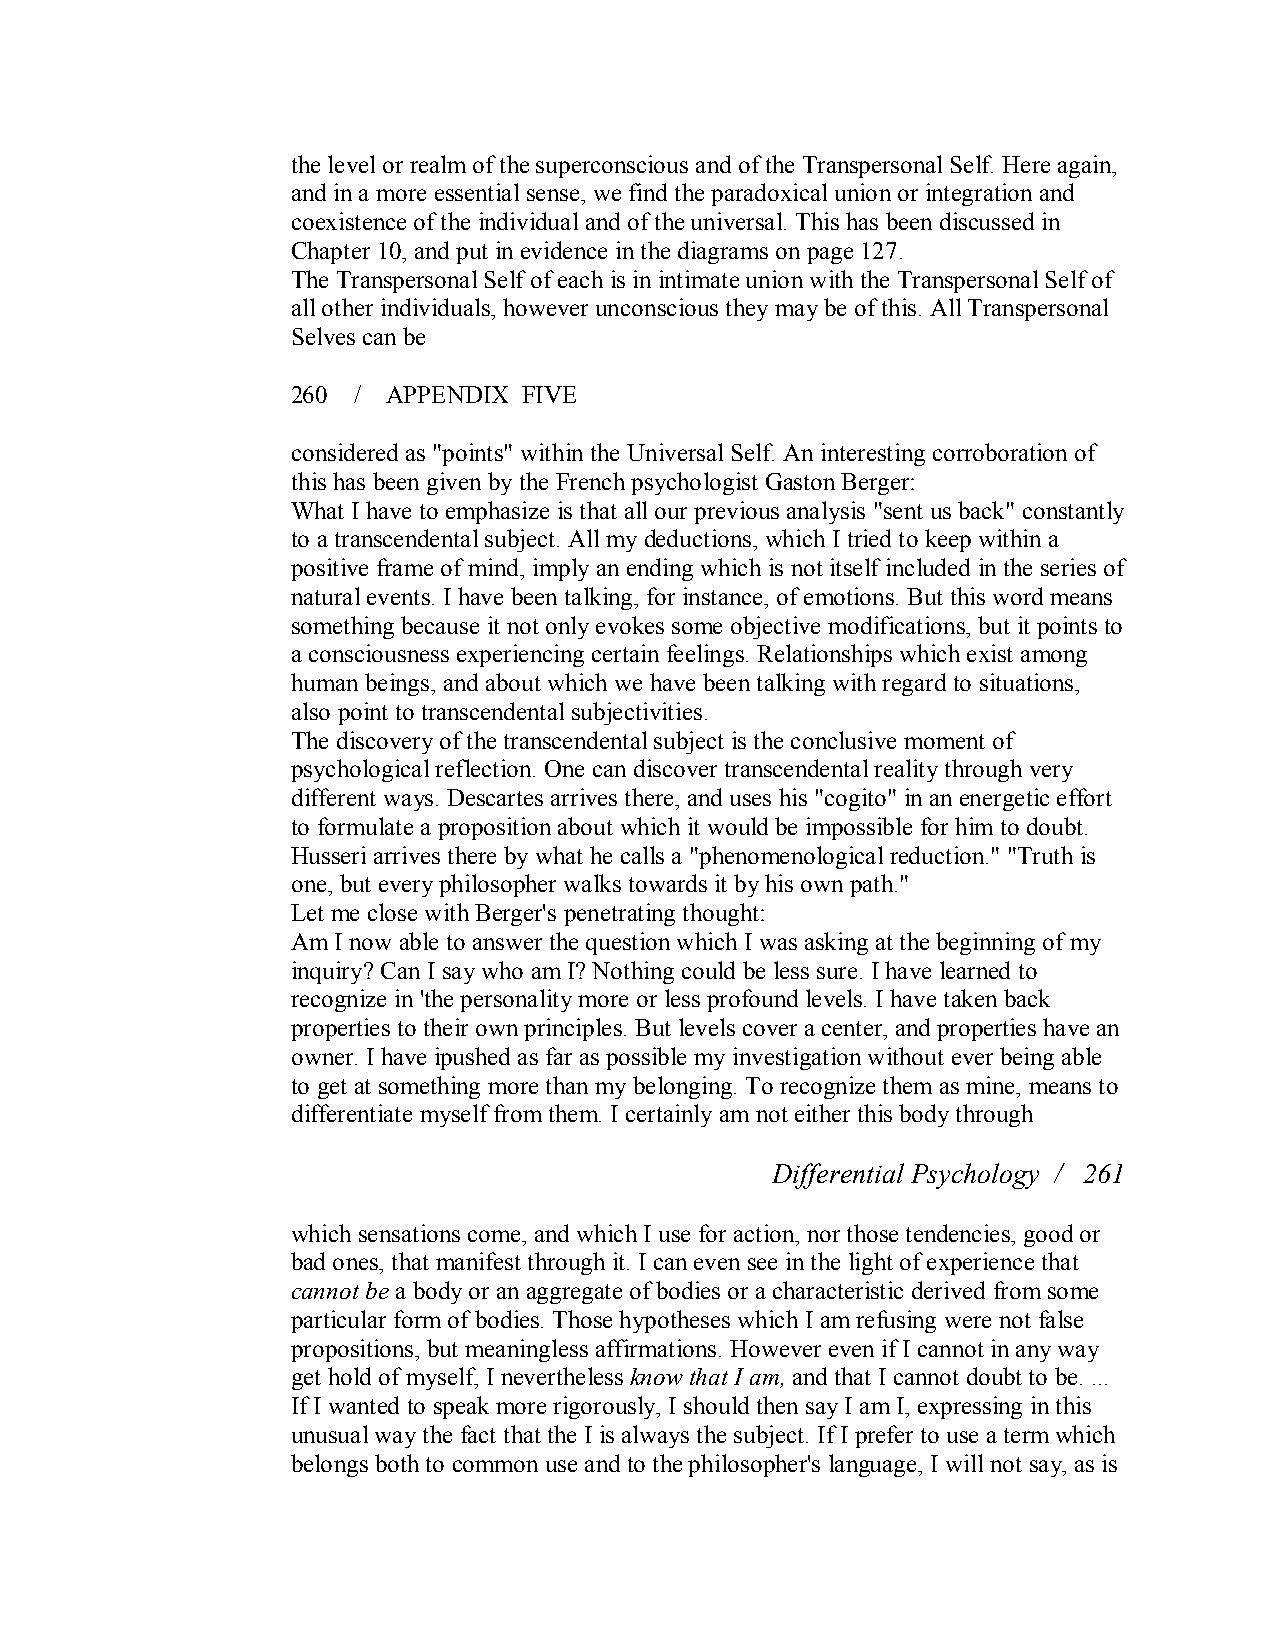
the level or realm of the superconscious and of the Transpersonal Self. Here again,
 and in a more essential sense, we find the paradoxical union or integration and
 coexistence of the individual and of the universal. This has been discussed in
 Chapter 10, and put in evidence in the diagrams on page 127.
 The Transpersonal Self of each is in intimate union with the Transpersonal Self of
 all other individuals, however unconscious they may be of this. All Transpersonal
 Selves can be
 260 /  APPENDIX FIVE
 considered as "points" within the Universal Self. An interesting corroboration of
 this has been given by the French psychologist Gaston Berger:
 What I have to emphasize is that all our previous analysis "sent us back" constantly
 to a transcendental subject. All my deductions, which I tried to keep within a
 positive frame of mind, imply an ending which is not itself included in the series of
 natural events. I have been talking, for instance, of emotions. But this word means
 something because it not only evokes some objective modifications, but it points to
 a consciousness experiencing certain feelings. Relationships which exist among
 human beings, and about which we have been talking with regard to situations,
 also point to transcendental subjectivities.
 The discovery of the transcendental subject is the conclusive moment of
 psychological reflection. One can discover transcendental reality through very
 different ways. Descartes arrives there, and uses his "cogito" in an energetic effort
 to formulate a proposition about which it would be impossible for him to doubt.
 Husseri arrives there by what he calls a "phenomenological reduction." "Truth is
 one, but every philosopher walks towards it by his own path."
 Let me close with Berger's penetrating thought:
 Am I now able to answer the question which I was asking at the beginning of my
 inquiry? Can I say who am I? Nothing could be less sure. I have learned to
 recognize in 'the personality more or less profound levels. I have taken back
 properties to their own principles. But levels cover a center, and properties have an
 owner. I have ipushed as far as possible my investigation without ever being able
 to get at something more than my belonging. To recognize them as mine, means to
 differentiate myself from them. I certainly am not either this body through
 Differential Psychology / 261
 which sensations come, and which I use for action, nor those tendencies, good or
 bad ones, that manifest through it. I can even see in the light of experience that
 cannot be a body or an aggregate of bodies or a characteristic derived from some
 particular form of bodies. Those hypotheses which I am refusing were not false
 propositions, but meaningless affirmations. However even if I cannot in any way
 get hold of myself, I nevertheless know that I am,and that I cannot doubt to be. ...
 If I wanted to speak more rigorously, I should then say I am I, expressing in this
 unusual way the fact that the I is always the subject. If I prefer to use a term which
 belongs both to common use and to the philosopher's language, I will not say, as is